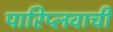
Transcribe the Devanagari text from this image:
पारिप्लवाची